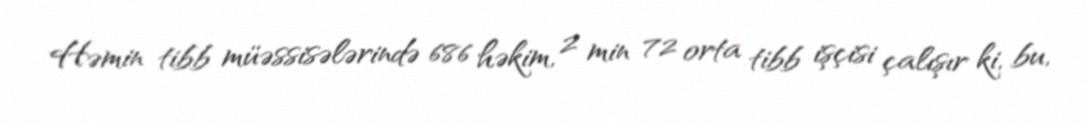
Həmin tibb müəssisələrində 686 həkim, 2 min 72 orta tibb işçisi çalışır ki, bu,